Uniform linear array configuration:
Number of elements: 64
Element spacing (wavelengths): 0.5
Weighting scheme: kaiser
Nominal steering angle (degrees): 30
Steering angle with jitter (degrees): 30.687
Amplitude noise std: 0.05
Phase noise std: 0.05

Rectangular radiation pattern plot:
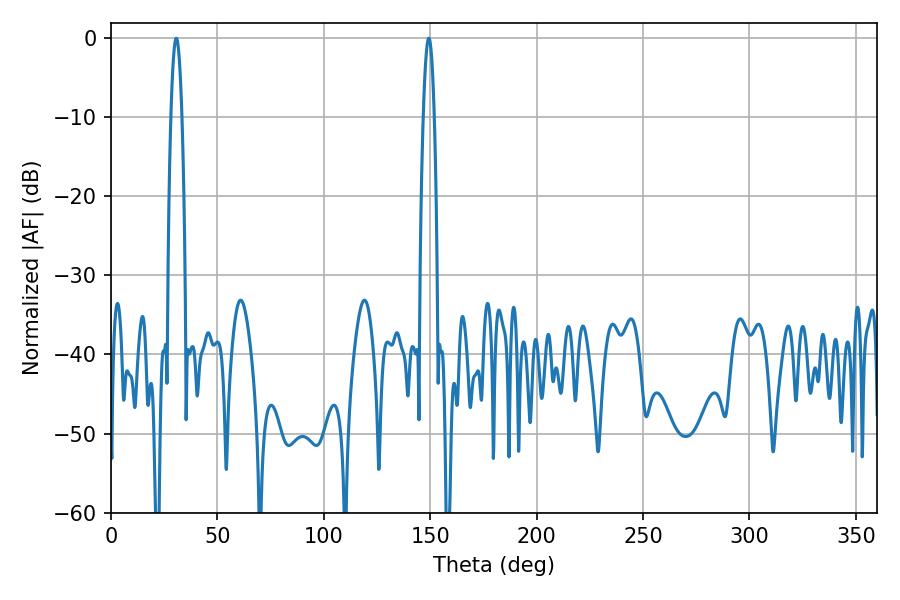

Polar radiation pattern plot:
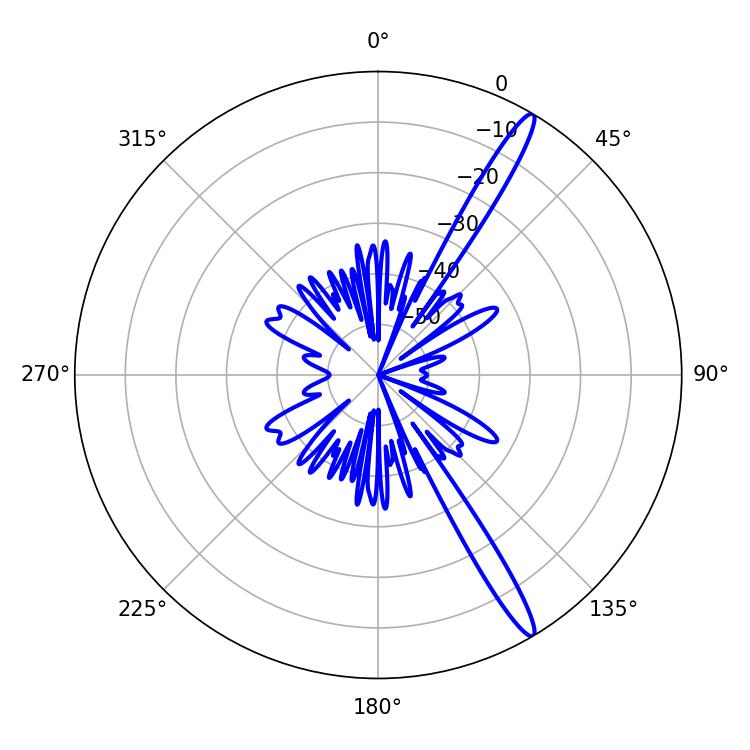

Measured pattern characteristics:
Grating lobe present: FALSE
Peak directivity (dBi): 15.582
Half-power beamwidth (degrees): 2.7
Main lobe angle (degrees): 30.6